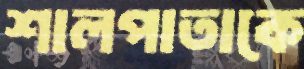
শালপাতাকে